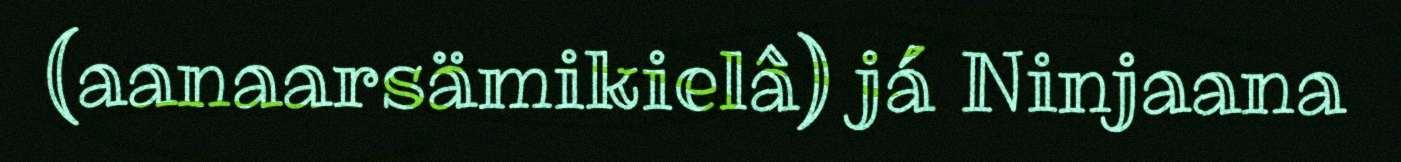
(aanaarsämikielâ) já Ninjaana